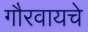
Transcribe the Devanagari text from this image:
गौरवायचे